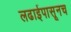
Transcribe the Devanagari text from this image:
लढाईपासूनच